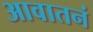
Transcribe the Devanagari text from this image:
आवातनं